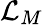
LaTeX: {\mathcal{L}}_{M}